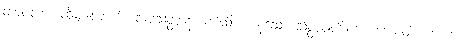
တာဝတာ၊ ထိုမျှလောက်။ သဗ္ဗသတ္တာနံ၊ ခပ်သိမ်းကုန်သော သတ္တဝါတို့အား။ ဟောတိ ယေဝ၊